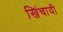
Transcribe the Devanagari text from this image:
खिंचायी